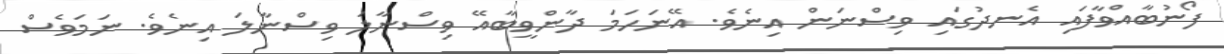
ފޯނުބާއްވާފައި އެނދުގައި ވިސްނަން އިނެވެ. އޭނަހަމަ ދާންވީބާއޭ ވިސްނާލަ ވިސްނާލަ އިނެވެ. ނަމަވެސް